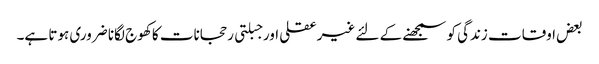
بعض اوقات زندگی کو سمجھنے کے لئے غیرعقلی اور جبلتی رحجانات کا کھوج لگانا ضروری ہوتا ہے۔